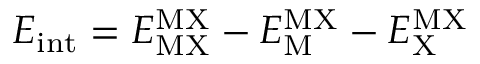
E _ { \mathrm { i n t } } = E _ { \mathrm { M X } } ^ { \mathrm { M X } } - E _ { \mathrm { M } } ^ { \mathrm { M X } } - E _ { \mathrm { X } } ^ { \mathrm { M X } }